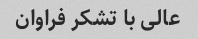
عالی با تشکر فراوان